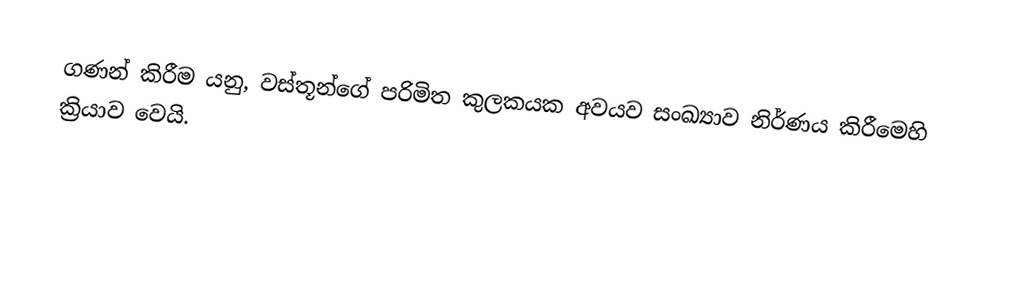
ගණන් කිරීම යනු, වස්තූන්ගේ පරිමිත කුලකයක අවයව සංඛ්‍යාව නිර්ණය කිරීමෙහි ක්‍රියාව වෙයි.